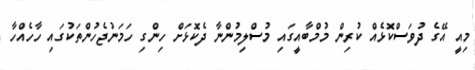
މިއީ އޭގެ ދުވަސްކޮޅެއް ކުރިން މުމްބާއީގައި މުސްލިމުންނާ ދެކޮޅަށް ހިންގި ހަމަނުޖެހުންތަކުގައި ހާހެއްހާ